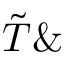
\tilde { T } \&